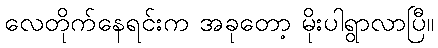
လေတိုက်နေရင်းက အခုတော့ မိုးပါရွာလာပြီ။